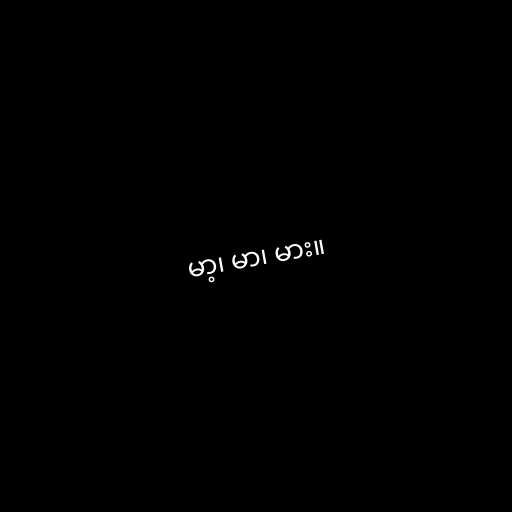
မာ့၊ မာ၊ မား။